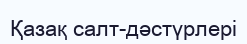
Қазақ салт-дәстүрлерi